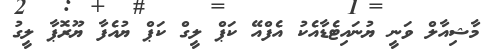
މާޝިއާލް ވަނީ ޔުނައިޓެޑާއެކު އެފްއޭ ކަޕް ލީގް ކަޕް ޔުއެފާ ޔޫރޮޕާ ލީގު